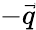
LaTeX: -\vec{q}